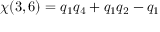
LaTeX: \chi ( 3 , 6 ) = q _ { 1 } q _ { 4 } + q _ { 1 } q _ { 2 } - q _ { 1 }